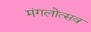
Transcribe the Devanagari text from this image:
मंगलोत्सव